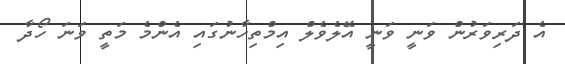
އެ ދަރިވަރުން ވަނީ ވަނީ އޭލެވެލް އިމްތިހާނުގައި އެންމެ މަތީ ވަނަ ހޯދާ